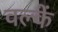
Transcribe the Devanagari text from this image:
वल्कें